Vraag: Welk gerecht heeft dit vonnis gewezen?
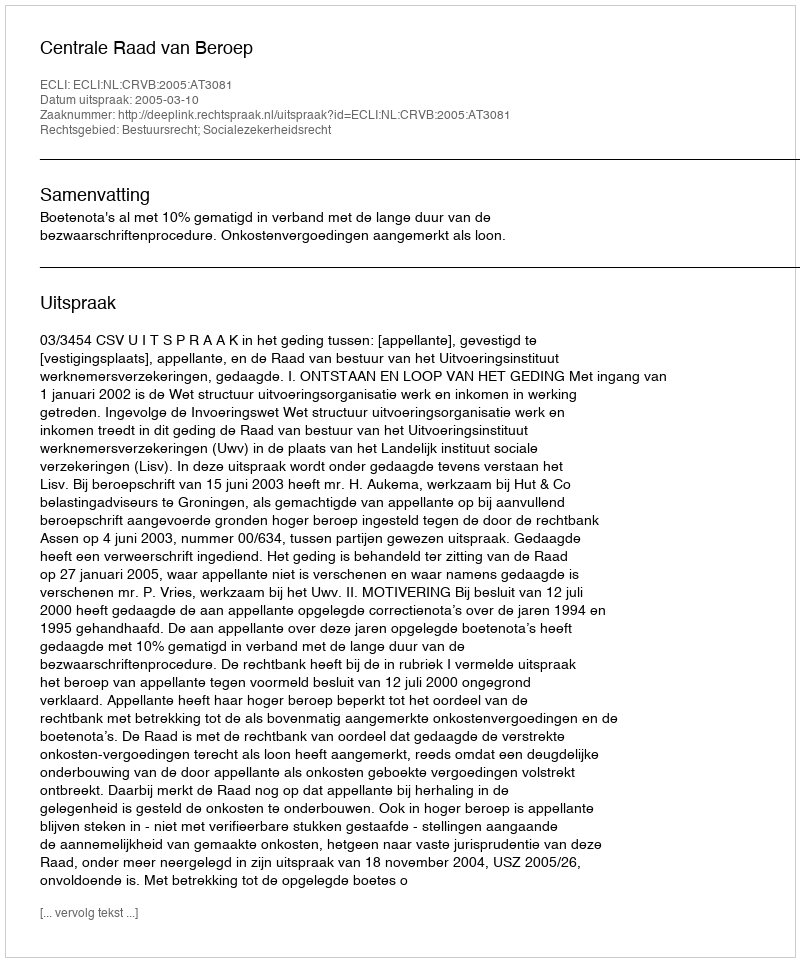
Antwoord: Centrale Raad van Beroep